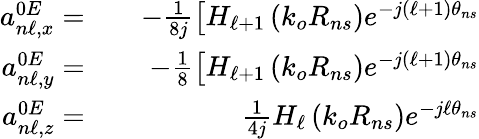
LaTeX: \begin{array}{rlr}{a_{n\ell,x}^{0E}=}&{{}}&{-\frac{1}{8j}\left[H_{\ell+1}\left(k_{o}R_{ns}\right)e^{-j(\ell+1)\theta_{ns}}\right.}\\ {a_{n\ell,y}^{0E}=}&{{}}&{-\frac{1}{8}\left[H_{\ell+1}\left(k_{o}R_{ns}\right)e^{-j(\ell+1)\theta_{ns}}\right.}\\ {a_{n\ell,z}^{0E}=}&{{}}&{\frac{1}{4j}H_{\ell}\left(k_{o}R_{ns}\right)e^{-j\ell\theta_{ns}}}\end{array}